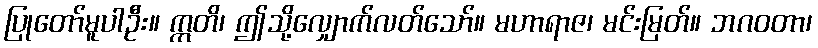
ပြုတော်မူပါဦး။ ဣတိ၊ ဤသို့လျှောက်လတ်သော်။ မဟာရာဇ၊ မင်းမြတ်။ ဘဂဝတာ၊